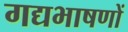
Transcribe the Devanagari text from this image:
गद्यभाषणों